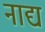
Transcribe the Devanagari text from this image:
नाद्य